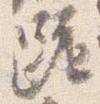
跪